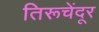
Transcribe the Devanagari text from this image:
तिरूचेंदूर